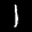
Label: 1